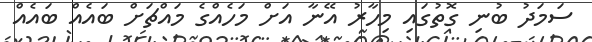
ސަމަދު ބުނި ގޮތުގައި މިހާރު އޭނާ އަށް މަހެެއްގެ މައްޗަށް ބައެއް ބައެއް